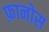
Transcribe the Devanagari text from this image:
फ़ानोस